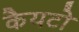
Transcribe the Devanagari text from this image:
कैयटो